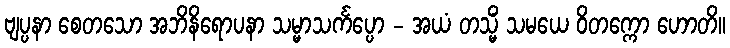
ဗျပ္ပနာ စေတသော အဘိနိရောပနာ သမ္မာသင်္ကပ္ပော - အယံ တသ္မိံ သမယေ ဝိတက္ကော ဟောတိ။